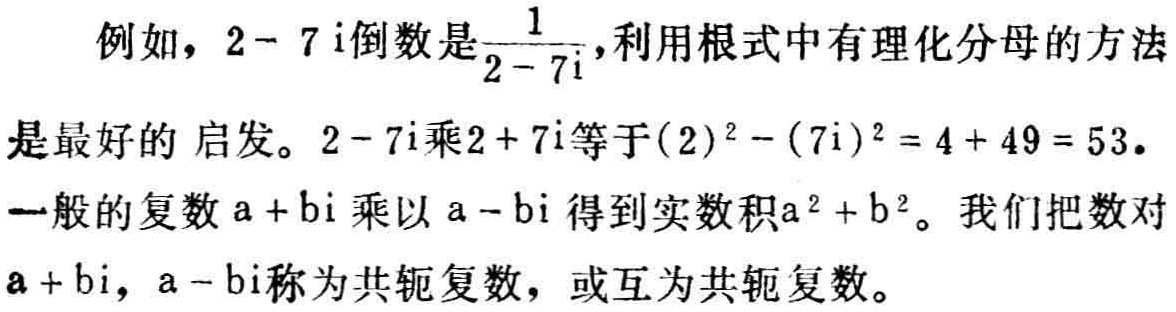
例如，\(2 - 7i\)倒数是\(\frac{1}{2 - 7i}\)，利用根式中有理化分母的方法是最好的 启发。\(2 - 7i\)乘\(2 + 7i\)等于\((2)^{2}-(7i)^{2}=4 + 49 = 53\)。一般的复数\(a + bi\)乘以\(a - bi\)得到实数积\(a^{2}+b^{2}\)。我们把数对\(a + bi\)，\(a - bi\)称为共轭复数，或互为共轭复数。